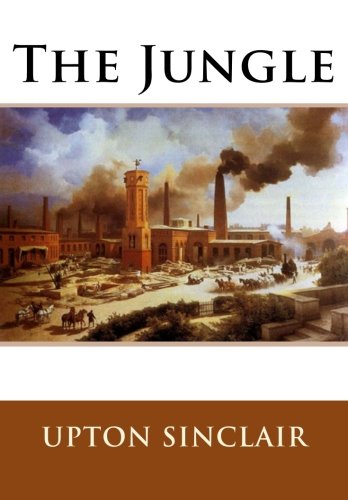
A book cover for The Jungle; Upton Sinclair; Literature & Fiction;